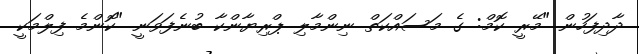
ދާދިފަހުން "މޭރީ ކޮމް: ގެ މަސައްކަތް ނިންމާލި ޕްރިޔާންކާ ބުނެފަވަނީ "ކޮންމެ ފިލްމަކީ